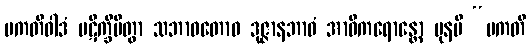
ပကတိဝါဒံ ပဋိက္ခိပိတွာ သဘာဝတောဝ ဒုဇ္ဇာနဘာဝံ အာဝိကရောန္တော ပုနပိ “ပကတိ